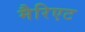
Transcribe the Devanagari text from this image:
मैरिएट